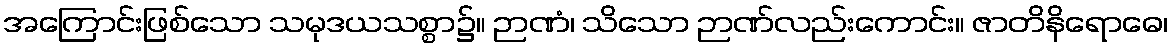
အကြောင်းဖြစ်သော သမုဒယသစ္စာ၌။ ဉာဏံ၊ သိသော ဉာဏ်လည်းကောင်း။ ဇာတိနိရောဓေ၊